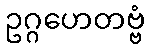
ဥဂ္ဂဟေတဗ္ဗံ